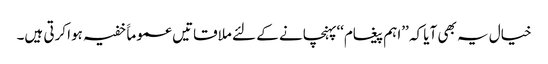
خیال یہ بھی آیا کہ ’’اہم پیغام‘‘پہنچانے کے لئے ملاقاتیں عموماََ خفیہ ہوا کرتی ہیں۔